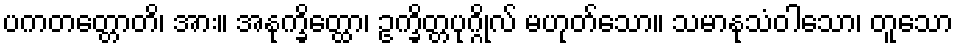
ပကတတ္တောတိ၊ အား။ အနုက္ခိတ္ထော၊ ဥက္ခိတ္တပုဂ္ဂိုလ် မဟုတ်သော။ သမာနုသံဝါသော၊ တူသော